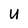
Character: U